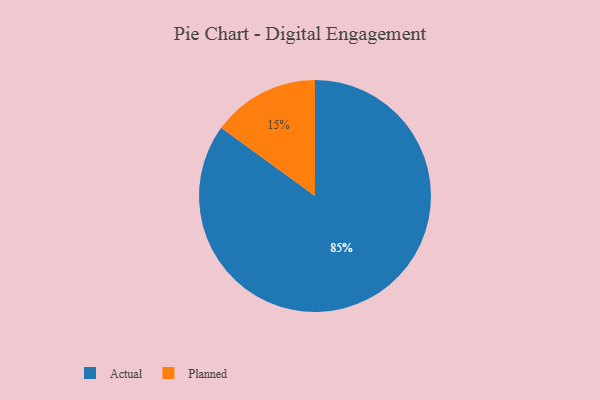
{"axis": {"x": "Category", "y": "Percentage"}, "legend": ["Actual", "Planned"], "data": [{"x": "Planned", "y": 15, "type": "Planned"}, {"x": "Actual", "y": 85, "type": "Actual"}]}